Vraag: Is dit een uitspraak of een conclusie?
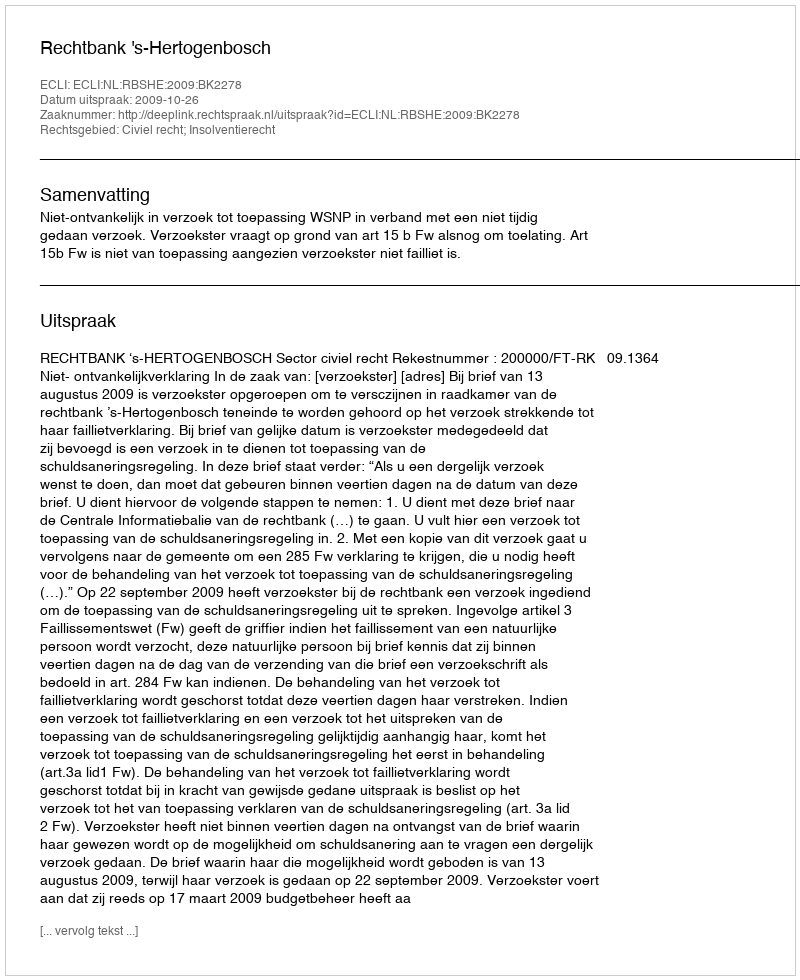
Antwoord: Uitspraak